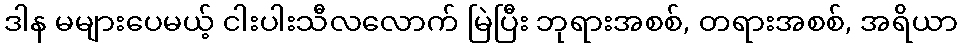
ဒါန မများပေမယ့် ငါးပါးသီလလောက် မြဲပြီး ဘုရားအစစ်, တရားအစစ်, အရိယာ